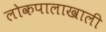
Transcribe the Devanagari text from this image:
लोकपालाखाली